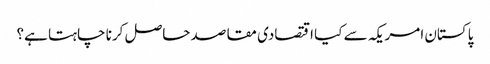
پاکستان امریکہ سے کیا اقتصادی مقاصد حاصل کرنا چاہتا ہے؟